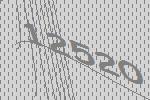
12520